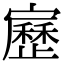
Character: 𡫯